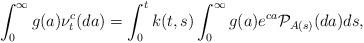
LaTeX: \begin{align*}\int_0^\infty g(a) {\nu}^c_t(da) = \int_0^t k(t,s) \int_0^\infty g(a) e^{c a} \mathcal{P}_{A(s)}(da) ds,\end{align*}